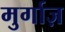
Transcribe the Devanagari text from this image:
मुर्गाज़